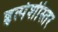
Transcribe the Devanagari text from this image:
हृत्पेशीस्तर